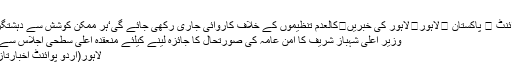
لاہور
اُردو پوائنٹ ⬅ پاکستان ⬅لاہور⬅لاہور کی خبریں⬅کالعدم تنظیموں کے خلاف کاروائی جاری رکھی جائے گی‘ہر ممکن کوشش سے دہشتگردوں ..
وزیر اعلیٰ شہباز شریف کا امن عامہ کی صورتحال کا جائزہ لینے کیلئے منعقدہ اعلیٰ سطحی اجلاس سے خطاب
لاہور(اُردو پوائنٹ اخبارتازہ ترین۔